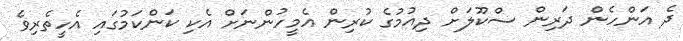
ދެ އަންހެން ދަރިން ސްކޫލަށް ދިއުމުގެ ކުރިން އެމީހުންނަށް އެކި ކަންކަމުގައި އެހީތެރިވެ